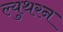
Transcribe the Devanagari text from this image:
ल्युथरन